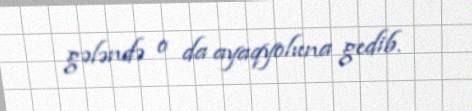
gələndə o da ayaqyoluna gedib.